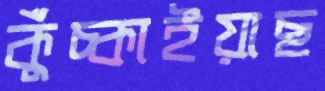
কুঁচ্‌কাইয়াছ